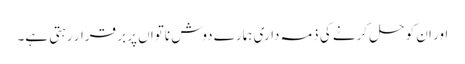
اور ان کو حل کرنے کی ذمہ داری ہمارے دوش ناتواں پر بر قرار رہتی ہے۔